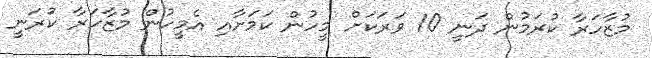
މުޒާހަރާ ކުރަމުން ދަނީ 10 ވަރަކަށް މީހުން ކަމަށާއި އެމީހުން މުޒާހަރާ ކުަރަނީ